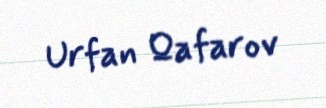
Urfan Qafarov